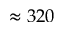
\approx 3 2 0